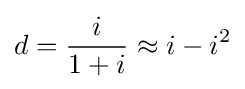
d={\frac {i}{1+i}}\approx i-i^{2}